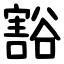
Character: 豁